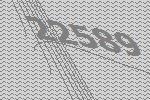
22589